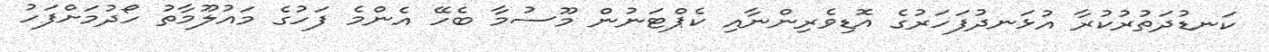
ކަނޑުދަތުރުކުރާ އުޅަނދުފަހަރުގެ އޮޑިވެރިންނާއި ކެޕްޓަނުން މޫސުމާ ބެހޭ އެންމެ ފަހުގެ މައުލޫމާތު ހޯދުމަށްފަހު